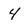
Character: 4